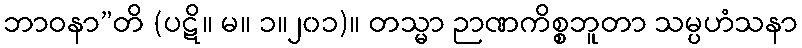
ဘာဝနာ”တိ (ပဋိ။ မ။ ၁။၂၀၁)။ တသ္မာ ဉာဏကိစ္စဘူတာ သမ္ပဟံသနာ